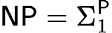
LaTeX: {\mathsf{NP}}=\Sigma_{1}^{\mathsf{P}}